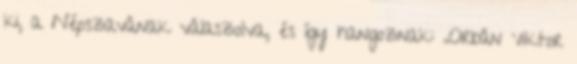
ki, a Népszavának válaszolva, és így hangoznak: „Orbán Viktor